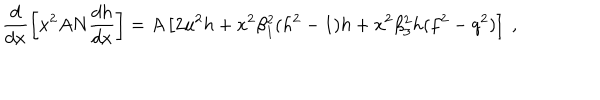
LaTeX: \frac d { d x } \left[ x ^ { 2 } A N \frac { d h } { d x } \right] = A \left[ 2 u ^ { 2 } h + x ^ { 2 } \beta _ { 1 } ^ { 2 } ( h ^ { 2 } - 1 ) h + { x ^ { 2 } \beta _ { 3 } ^ { 2 } } h ( f ^ { 2 } - q ^ { 2 } ) \right] \ ,